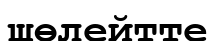
шөлейтте